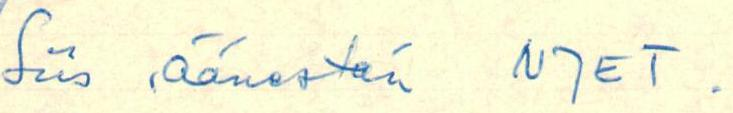
Siis äänestän NJET.